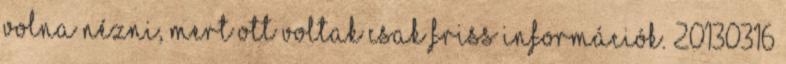
volna nézni, mert ott voltak csak friss információk. 20130316